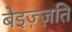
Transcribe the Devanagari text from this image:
बेइज़्ज़ति